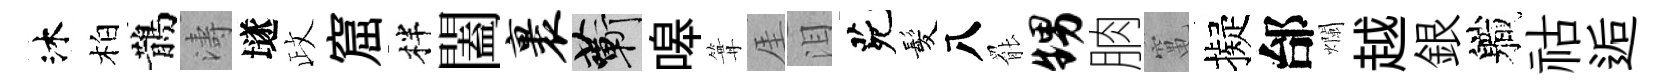
沐柏鵲濤𡑞政窟柈闔裹蔪嗥篝厓泪茕髪八罷甥朒𥧄擬邰爛越銀軄祜逅